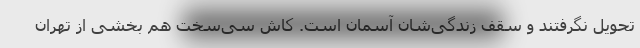
تحویل نگرفتند و سقف زندگی‌شان آسمان است. کاش سی‌سخت هم بخشی از تهران